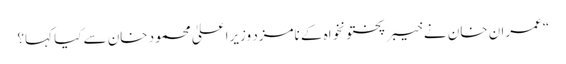
“ عمران خان نے خیبرپختونخواہ کے نامزد وزیراعلیٰ محمود خان سے کیا کہا؟